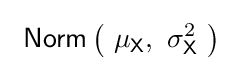
\ {\mathsf {Norm}}\left(\ \mu _{\mathsf {X}},\ \sigma _{\mathsf {X}}^{2}\ \right)\